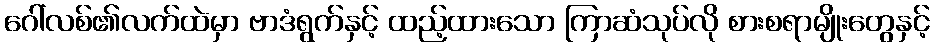
ဂေါ်လစ်၏လက်ထဲမှာ ဗာဒံရွက်နှင့် ထည့်ထားသော ကြာဆံသုပ်လို စားစရာမျိုးတွေနှင့်